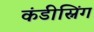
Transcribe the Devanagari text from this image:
कंडीस्निंग